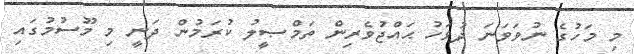
މި މަހުގެ ނުވަވަނަ ދުވަހު ޙައްޖުވެރިން ތަމްޞީލު ކުރަމުން ދަނީ މި މޫސުމުގައި